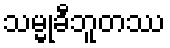
သမ္မုခီဘူတဿ